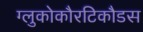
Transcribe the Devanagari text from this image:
ग्लुकोकौरटिकौडस